Sketch of the medical history of the native army of Bombay, for the year
Year: 1875
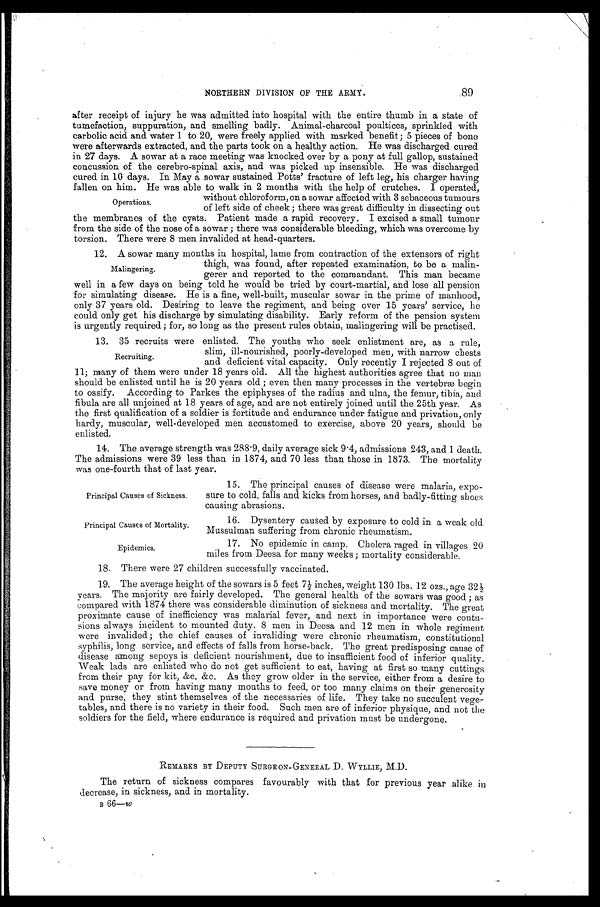
Principal Causes of Sickness.
Principal Causes of Mortality.
Epidemics.
89
NORTHERN DIVISION OF THE ARMY.
after receipt of injury he was admitted into hospital with the entire thumb in a state of
tumefaction, suppuration, and smelling badly. Animal-charcoal poultices, sprinkled with
carbolic acid and water 1 to 20, were freely applied with marked benefit; 5 pieces of bone
were afterwards extracted, and the parts took on a healthy action. He was discharged cured
in 27 days. A sowar at a race meeting was knocked over by a pony at full gallop, sustained
concussion of the cerebro-spinal axis, and was picked up insensible. He was discharged
cured in 10 days. In May a sowar sustained Potts' fracture of left leg, his charger having
fallen on him. He was able to, walk in 2 months with the help of crutches. I operated,
without chloroform, on a sowar affected with 3 sebaceous tumours
of left side of cheek ; there was great difficulty in dissecting out
the membranes of the cysts. Patient made a rapid recovery. I excised a small tumour
from the side of the nose of a sowar ; there was considerable bleeding, which was overcome by
torsion. There were 8 men invalided at head-quarters.
12. A sowar many months in hospital, lame from contraction of the extensors of right
thigh, was found, after repeated examination, to be a malin
-
gerer and reported to the commandant. This man became
well in a few days on being told he would be tried by court-martial, and lose all pension
for simulating disease. He is a fine, well-built, muscular sowar in the prime of manhood,
only 37 years old. Desiring to leave the regiment, and being over 15 years' service, he
could only get his discharge by simulating disability. Early reform of the pension system
is urgently required ; for, so long as the present rules obtain, malingering will be practised.
13. 35 recruits were enlisted. The youths who seek enlistment are, as a rule,
slim, ill-nourished, poorly-developed men, with narrow chests
and deficient vital capacity. Only recently I rejected 8 out of
11; many of them were under 18 years old. All the highest authorities agree that no man
should be enlisted until he is 20 years old ; even then many processes in the vertebræ begin
to ossify. According to Parkes the epiphyses of the radius and ulna, the femur, tibia, and
fibula are all unjoined at 18 years of age, and are not entirely joined until the 25th year. As
the first qualification of a soldier is fortitude and endurance under fatigue and privation, only
hardy, muscular, well-developed men accustomed to exercise, above 20 years, should be
enlisted.
14. The average strength was 288.9, daily average sick 9.4, admissions 243, and 1 death.
The admissions were 39 less than in 1874, and 70 less than those in 1873. The mortality
was one-fourth that of last year.
Operations.
Malingering.
Recruiting.
15. The principal causes of disease were malaria, expo
- s u r e t o c o l d , f a l l s a n d k i c k s f r o m h o r s e s , a n d b a d l y - f i t t i n g s h o e s
causing abrasions.
16. Dysentery caused by exposure to cold in a weak old
Mussulman suffering from chronic rheumatism.
17. No epidemic in camp. Cholera raged in villages 20
miles from Deesa for many weeks ; mortality considerable.
18. There were 27 children successfully vaccinated.
19. The average height of the sowars is 5 feet 7½ inches, weight 130 lbs. 12 ozs., age 32½
years. The majority are fairly developed. The general health of the sowars was good ; as
compared with 1874 there was considerable diminution of sickness and mortality. The great
proximate cause of inefficiency was malarial fever, and next in importance were contu
- s i o n s a l w a y s i n c i d e n t t o m o u n t e d d u t y . 8 m e n i n D e e s a a n d 1 2 m e n i n w h o l e r e g i m e n t
were invalided ; the chief causes of invaliding were chronic rheumatism, constitutional
syphilis, long service, and effects of falls from horse-back. The great predisposing cause of
disease among sepoys is deficient nourishment, due to insufficient food of inferior quality.
Weak lads are enlisted who do not get sufficient to eat, having at first so many cuttings
from their pay for kit, &c. &c. As they grow older in the service, either from a desire to
save money or from having many mouths to feed, or too many claims on their generosity
and purse, they stint themselves of the necessaries of life. They take no succulent vege-
tables, and there is no variety in their food. Such men are of inferior physique, and not the
soldiers for the field, where endurance is required and privation must be undergone.
REMARKS BY DEPUTY SURGEON-GENERAL D. WYLLIE, M.D.
The return of sickness compares favourably with that for previous year alike in
decrease, in sickness, and in mortality.
B 66—w